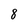
Character: 8